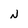
Character: N